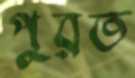
পুরত